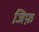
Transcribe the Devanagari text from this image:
जिफ़